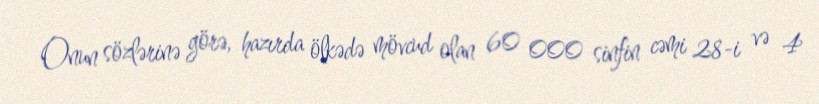
Onun sözlərinə görə, hazırda ölkədə mövcud olan 60 000 sinfin cəmi 28-i və 4